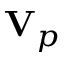
\mathbf { V } _ { p }